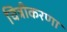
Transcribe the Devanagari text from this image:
चित्रीकरणा